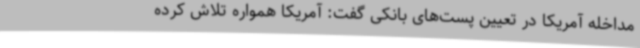
مداخله آمریکا در تعیین پست‌های بانکی گفت: آمریکا همواره تلاش کرده